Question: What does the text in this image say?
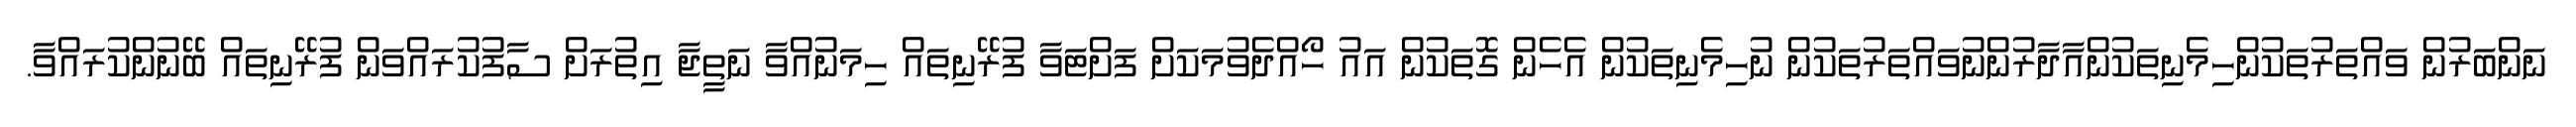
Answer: ނަންބަރުން ވައްތަރުތަކުންހިމެނިތަކުންއާދާރުންނުވައްތަރުތަކުން ނުހިމެނިތަކުން އެހެން ގޮތަކުން އައު ހޯއްދެވުމަކަށް ފަށްޓަވާ ފުރޭނިތައް ހިމަނުއްވާ ނަތީޖާ އިތުރަށް ސާފުކުރައްވަން ފުރޭނިތައް ބޭނުންކުރައްވާ.